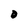
Character: O